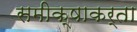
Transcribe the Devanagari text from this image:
समीक्षाकर्ता